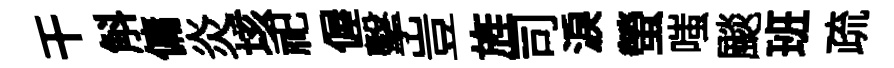
干斛傭炎垓祀偓擊豈旌司淚螢嗤颷班疏